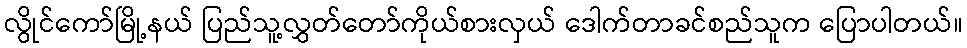
လွိုင်ကော်မြို့နယ် ပြည်သူ့လွှတ်တော်ကိုယ်စားလှယ် ဒေါက်တာခင်စည်သူက ပြောပါတယ်။